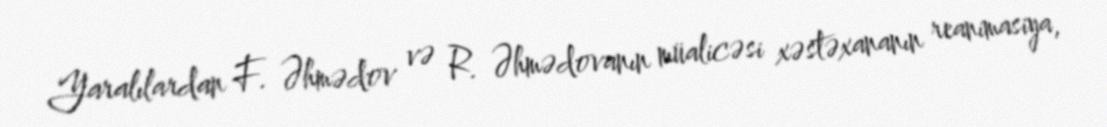
Yaralılardan F. Əhmədov və R. Əhmədovanın müalicəsi xəstəxananın reanimasiya,